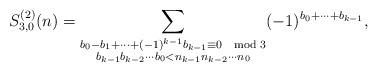
LaTeX: \begin{align*}S^{(2)}_{3,0}(n)=\sum_{\substack{b_0-b_1+\cdots+(-1)^{k-1}b_{k-1} \equiv 0\mod 3\\b_{k-1}b_{k-2}\cdots b_0<n_{k-1}n_{k-2}\cdots n_0}}(-1)^{b_0+\cdots+b_{k-1}},\end{align*}